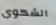
الشكوى